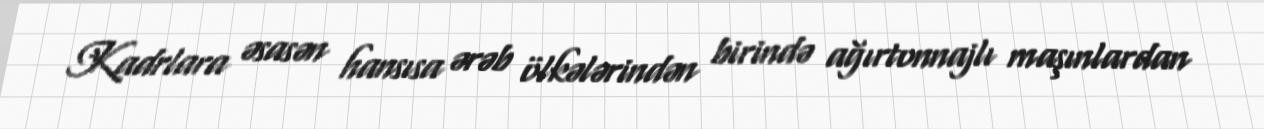
Kadrlara əsasən hansısa ərəb ölkələrindən birində ağırtonnajlı maşınlardan